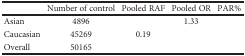
<table><thead><tr><td>[EMPTY_CELL]</td><td><b>Number of control</b></td><td><b>Pooled RAF</b></td><td><b>Pooled OR</b></td><td><b>PAR%</b></td></tr></thead><tbody><tr><td>Asian</td><td>4896</td><td>[EMPTY_CELL]</td><td>1.33</td><td>[EMPTY_CELL]</td></tr><tr><td>Caucasian</td><td>45269</td><td>0.19</td><td>[EMPTY_CELL]</td><td>[EMPTY_CELL]</td></tr><tr><td>Overall</td><td>50165</td><td>[EMPTY_CELL]</td><td>[EMPTY_CELL]</td><td>[EMPTY_CELL]</td></tr></tbody></table>